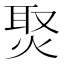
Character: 㷅